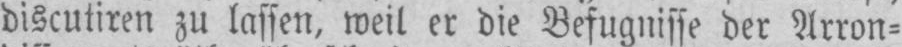
discutiren zu lassen, weil er die Befugnisse der Arron⸗